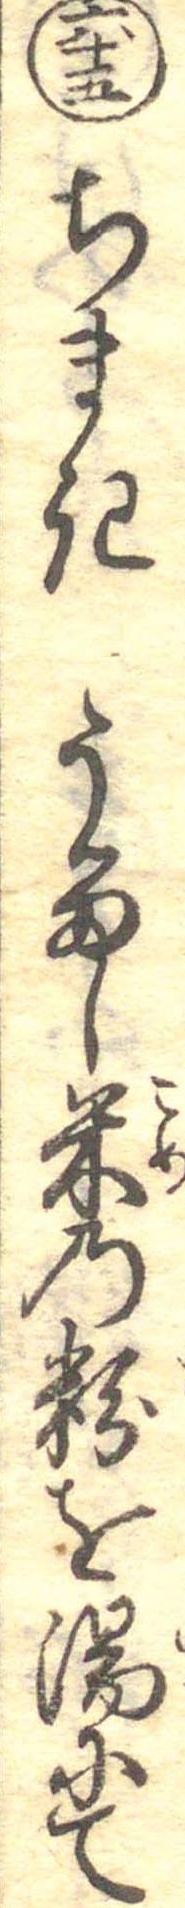
六十五ちまきうるし米の粉を湯にて